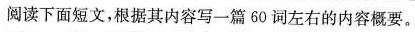
阅读下面短文,根据其内容写一篇60 词左右的内容概要.